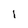
Character: i